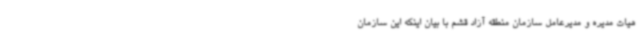
هیات مدیره و مدیرعامل سازمان منطقه آزاد قشم با بیان اینکه این سازمان